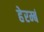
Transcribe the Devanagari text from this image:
हेरम्बं